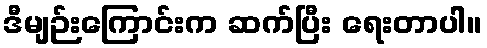
ဒီမျဉ်းကြောင်းက ဆက်ပြီး ရေးတာပါ။